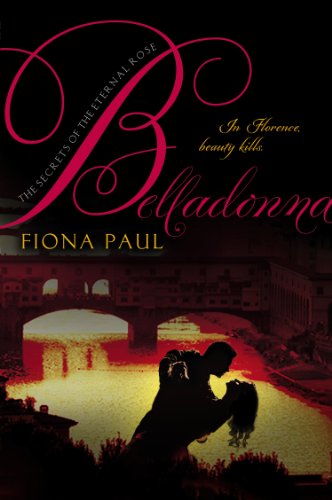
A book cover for Belladonna (Secrets of the Eternal Rose); Fiona Paul; Teen & Young Adult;